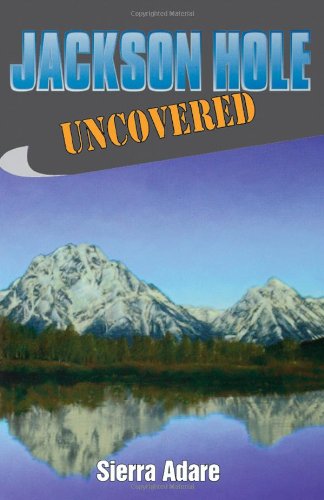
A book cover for Jackson Hole Uncovered (Uncovered Series City Guides); Sierra Adare; Travel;